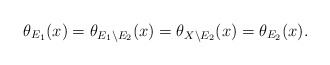
\begin{align*}\theta_{E_1}(x)=\theta_{E_1\setminus E_2}(x)=\theta_{X\setminus E_2}(x)=\theta_{E_2}(x).\end{align*}